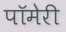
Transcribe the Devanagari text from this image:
पॉमेरी